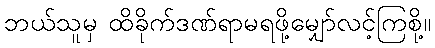
ဘယ်သူမှ ထိခိုက်ဒဏ်ရာမရဖို့မျှော်လင့်ကြစို့။